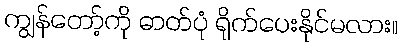
ကျွန်တော့်ကို ဓာတ်ပုံ ရိုက်ပေးနိုင်မလား။